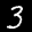
Label: 3